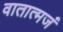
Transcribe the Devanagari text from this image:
वातात्मजं